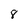
Character: 8